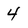
Character: 4